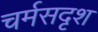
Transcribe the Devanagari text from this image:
चर्मसदृश